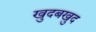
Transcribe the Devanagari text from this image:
खुदबखुद